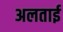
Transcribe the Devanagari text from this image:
अलताई